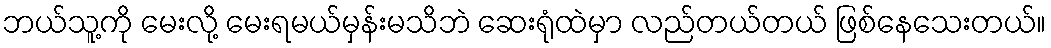
ဘယ်သူ့ကို မေးလို့ မေးရမယ်မှန်းမသိဘဲ ဆေးရုံထဲမှာ လည်တယ်တယ် ဖြစ်နေသေးတယ်။